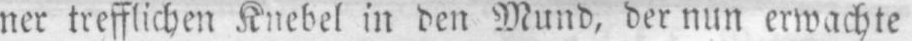
ner trefflichen Knebel in den Mund, der nun erwachte